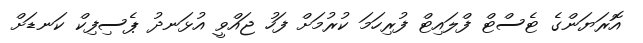
އޮރަޔަންގެ ޓެސްޓް ފްލައިޓް ފުރިހަމަ ކުރުމަށް ފަހު ޖައްވީ އުޅަނދު ޕެސިފިކް ކަނޑަށް